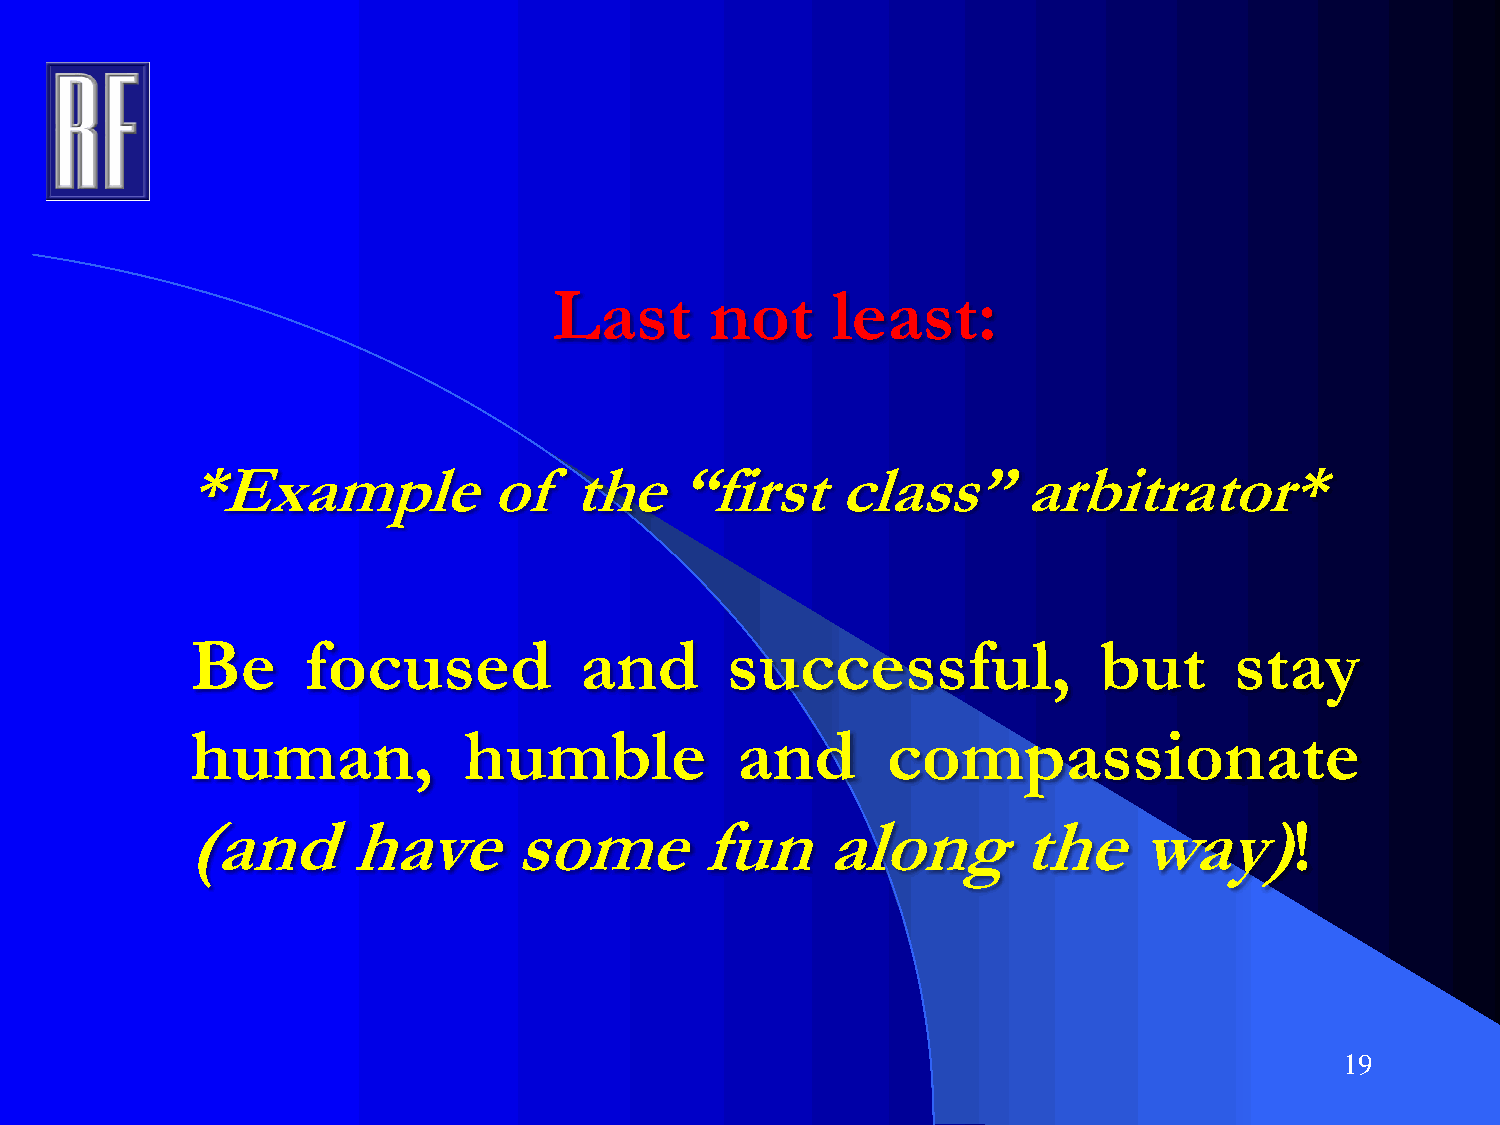
Last      not     least:
 *Example            of    the    “first    class”       arbitrator*
 Be     focused           and       successful,              but      stay
 human,            humble            and       compassionate
 (and       have       some        fun     along        the     way)!
 19